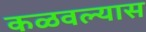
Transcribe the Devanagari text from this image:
कळवल्यास